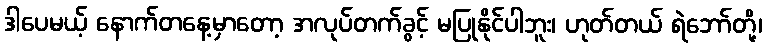
ဒါပေမယ့် နောက်တနေ့မှာတော့ အလုပ်တက်ခွင့် မပြုနိုင်ပါဘူး၊ ဟုတ်တယ် ရဲဘော်တို့၊